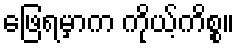
ဖြေရမှာက ကိုယ့်ကိစ္စ။